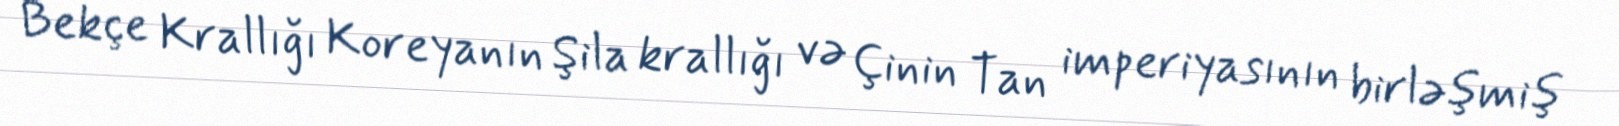
Bekçe Krallığı Koreyanın Şila krallığı və Çinin Tan imperiyasının birləşmiş